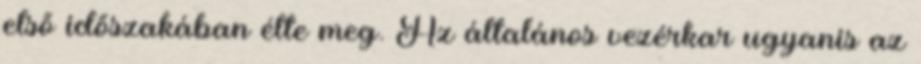
első időszakában élte meg. Az általános vezérkar ugyanis az